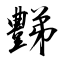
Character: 豑